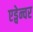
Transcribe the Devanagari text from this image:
एड्वेन्चर